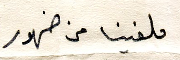
ملفينا من ضهور